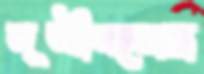
যূথীবনের